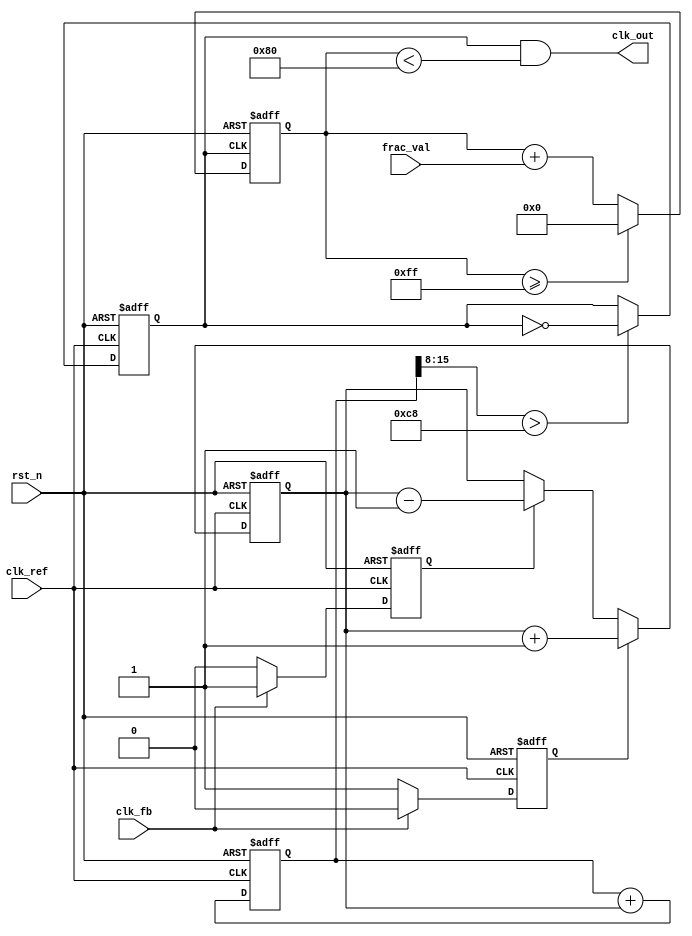
module frac_n_pll (
    input wire clk_ref,          // Reference clock input
    input wire clk_fb,           // Feedback clock input from VCO
    input wire rst_n,            // Active low reset
    input wire [7:0] frac_val,   // Fractional control value
    output wire clk_out          // Output clock
);

// PFD signals
reg up;
reg down;

// Charge Pump signals
reg cp_output;

// Loop Filter states
reg [15:0] loop_filter; // Simple 1st order filter

// VCO output
reg vco_clk;
reg [7:0] vco_divider; // Divider for VCO output frequency

// Frequency Divider
reg [7:0] freq_divider; // Integer divider value (N)

// PFD Implementation
always @(posedge clk_ref or negedge rst_n) begin
    if (!rst_n) begin
        up <= 0;
        down <= 0;
    end else begin
        if (clk_ref) begin
            // Compare phase: if clk_fb is low, increment up
            if (!clk_fb) begin
                up <= 1;
                down <= 0;
            end else begin
                up <= 0;
                down <= 1;
            end
        end
    end
end

// Charge Pump Implementation
always @(posedge clk_ref or negedge rst_n) begin
    if (!rst_n) begin
        cp_output <= 0;
    end else begin
        if (up) begin
            cp_output <= cp_output + 1; // Charge
        end else if (down) begin
            cp_output <= cp_output - 1; // Discharge
        end
    end
end

// Loop Filter Implementation
always @(posedge clk_ref or negedge rst_n) begin
    if (!rst_n) begin
        loop_filter <= 16'h0000; // Reset filter
    end else begin
        // Simple integrator
        loop_filter <= loop_filter + cp_output;
    end
end

// VCO Implementation
always @(posedge clk_ref or negedge rst_n) begin
    if (!rst_n) begin
        vco_clk <= 0;
        vco_divider <= 8'd1; // Default divider
    end else begin
        // Simulate VCO: Divide by the value in loop filter (for example)
        if (loop_filter[15:8] > 8'd200) begin // Arbitrary threshold for frequency change
            vco_clk <= ~vco_clk; // Toggle output clock
        end
    end
end

// Frequency Divider Implementation
always @(posedge vco_clk or negedge rst_n) begin
    if (!rst_n) begin
        freq_divider <= 8'd1; // Default divider
    end else begin
        // Adjust based on frac_val (simplified fractional adjustment logic)
        freq_divider <= freq_divider + frac_val;
        if (freq_divider >= 8'd255) begin // Example threshold
            freq_divider <= 0; // Reset divider
        end
    end
end

// Output Clock Generation
assign clk_out = (vco_clk && (freq_divider < 8'd128)); // Example division condition

endmodule